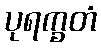
ပုရက္ခတံ